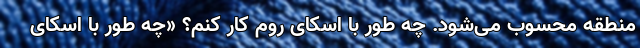
منطقه محسوب می‌شود. چه طور با اسکای روم کار کنم؟ «چه طور با اسکای